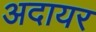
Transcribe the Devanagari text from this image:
अदायर